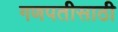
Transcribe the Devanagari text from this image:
गणपतीसाठी